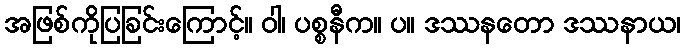
အဖြစ်ကိုပြခြင်းကြောင့်။ ဝါ၊ ပစ္စနီက။ ပ။ ဒဿနတော ဒဿနာယ၊